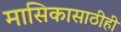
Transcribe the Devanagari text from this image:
मासिकासाठीही